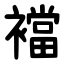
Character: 襠